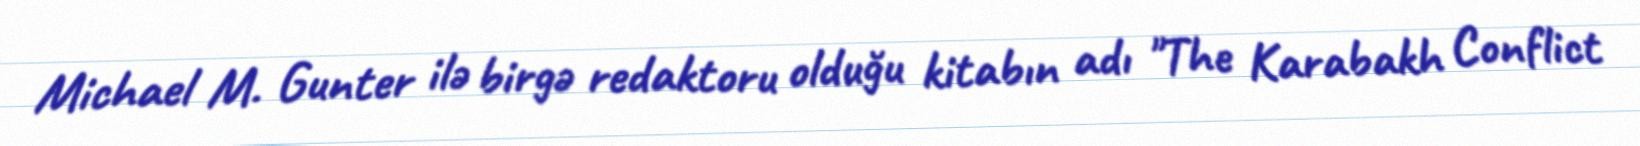
Michael M. Gunter ilə birgə redaktoru olduğu kitabın adı "The Karabakh Conflict